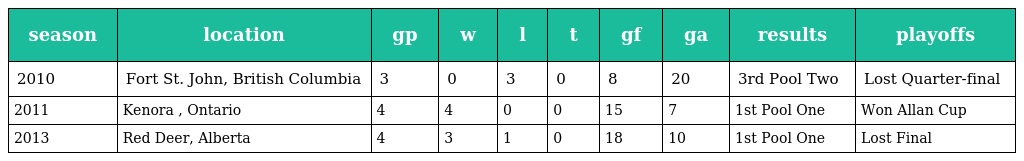
| season | location | gp | w | l | t | gf | ga | results | playoffs |
 | --- | --- | --- | --- | --- | --- | --- | --- | --- | --- |
 | 2010 | Fort St. John, British Columbia | 3 | 0 | 3 | 0 | 8 | 20 | 3rd Pool Two | Lost Quarter-final |
 | 2011 | Kenora , Ontario | 4 | 4 | 0 | 0 | 15 | 7 | 1st Pool One | Won Allan Cup |
 | 2013 | Red Deer, Alberta | 4 | 3 | 1 | 0 | 18 | 10 | 1st Pool One | Lost Final |